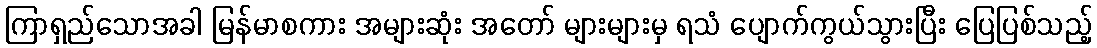
ကြာရှည်သောအခါ မြန်မာစကား အများဆုံး အတော် များများမှ ရသံ ပျောက်ကွယ်သွားပြီး ပြေပြစ်သည့်